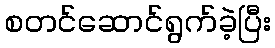
စတင်ဆောင်ရွက်ခဲ့ပြီး